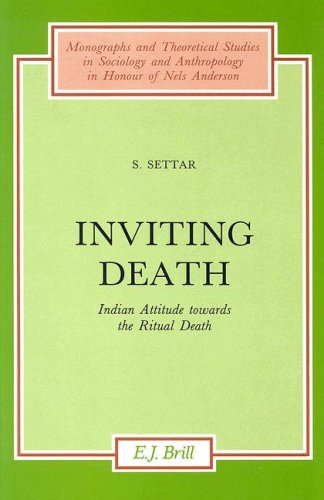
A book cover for Inviting Death: Indian Attitude Towards the Ritual Death (Monographs and Theoretical Studies in Sociology and Anthropology in Honour of Nels Anderson); S. Settar; Religion & Spirituality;